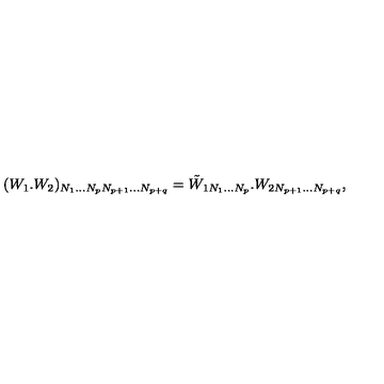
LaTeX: ( W _ { 1 } . W _ { 2 } ) _ { N _ { 1 } . . . N _ { p } N _ { p + 1 } . . . N _ { p + q } } = \tilde { W } _ { 1 N _ { 1 } . . . N _ { p } } . W _ { 2 N _ { p + 1 } . . . N _ { p + q } } \nonumber ,